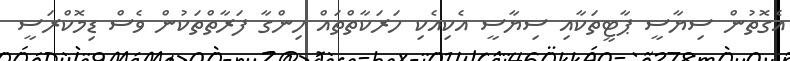
އެގޮތުން ސިޔާސީ ޕާޓީތަކާއި ސިޔާސީ އެކިއެކި ހަރަކާތްތައް ހިންގާ ފަރާތްތަކުން ވެސް ޑިމޮކްރަސީ